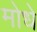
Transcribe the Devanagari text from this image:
मोधे